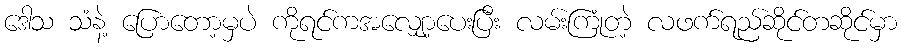
ဒေါသ သံနဲ့ ပြောတော့မှပဲ ကိုရင်ကအလျှော့ပေးပြီး လမ်းကြုံတဲ့ လဖက်ရည်ဆိုင်တဆိုင်မှာ